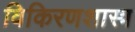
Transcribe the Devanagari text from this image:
विकिरणशास्त्र